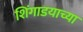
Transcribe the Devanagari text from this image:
शिंगाडयाच्या